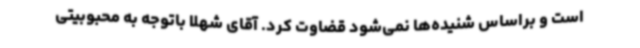
است و براساس شنیده‌ها نمی‌شود قضاوت کرد. آقای شهلا باتوجه به محبوبیتی